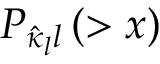
P _ { \hat { \kappa } _ { l } l } \left( > x \right)